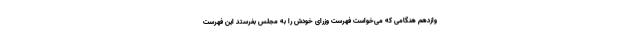
وازدهم هنگامی که می‌خواست فهرست وزرای خودش را به مجلس بفرستد این فهرست